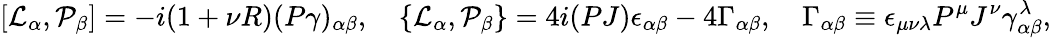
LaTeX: [{\cal L}_{\alpha},{\cal P}_{\beta}]=-i(1+\nu R)(P\gamma)_{\alpha\beta},\quad\{ {\cal L}_{\alpha},{\cal P}_{\beta}\} =4i(PJ)\epsilon_{\alpha\beta}-4\Gamma_{\alpha\beta},\quad\Gamma_{\alpha\beta}\equiv\epsilon_{\mu\nu\lambda}P^{\mu}J^{\nu}\gamma_{\alpha\beta}^{\lambda},